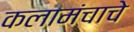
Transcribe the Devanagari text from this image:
कलामंचाचे